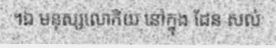
។ឯ មនុស្សលោកិយ នៅក្នុង ដែន សល់